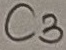
Text: C3